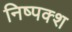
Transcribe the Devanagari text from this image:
निष्पक्श